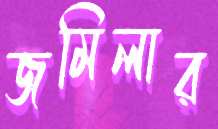
জমিলার